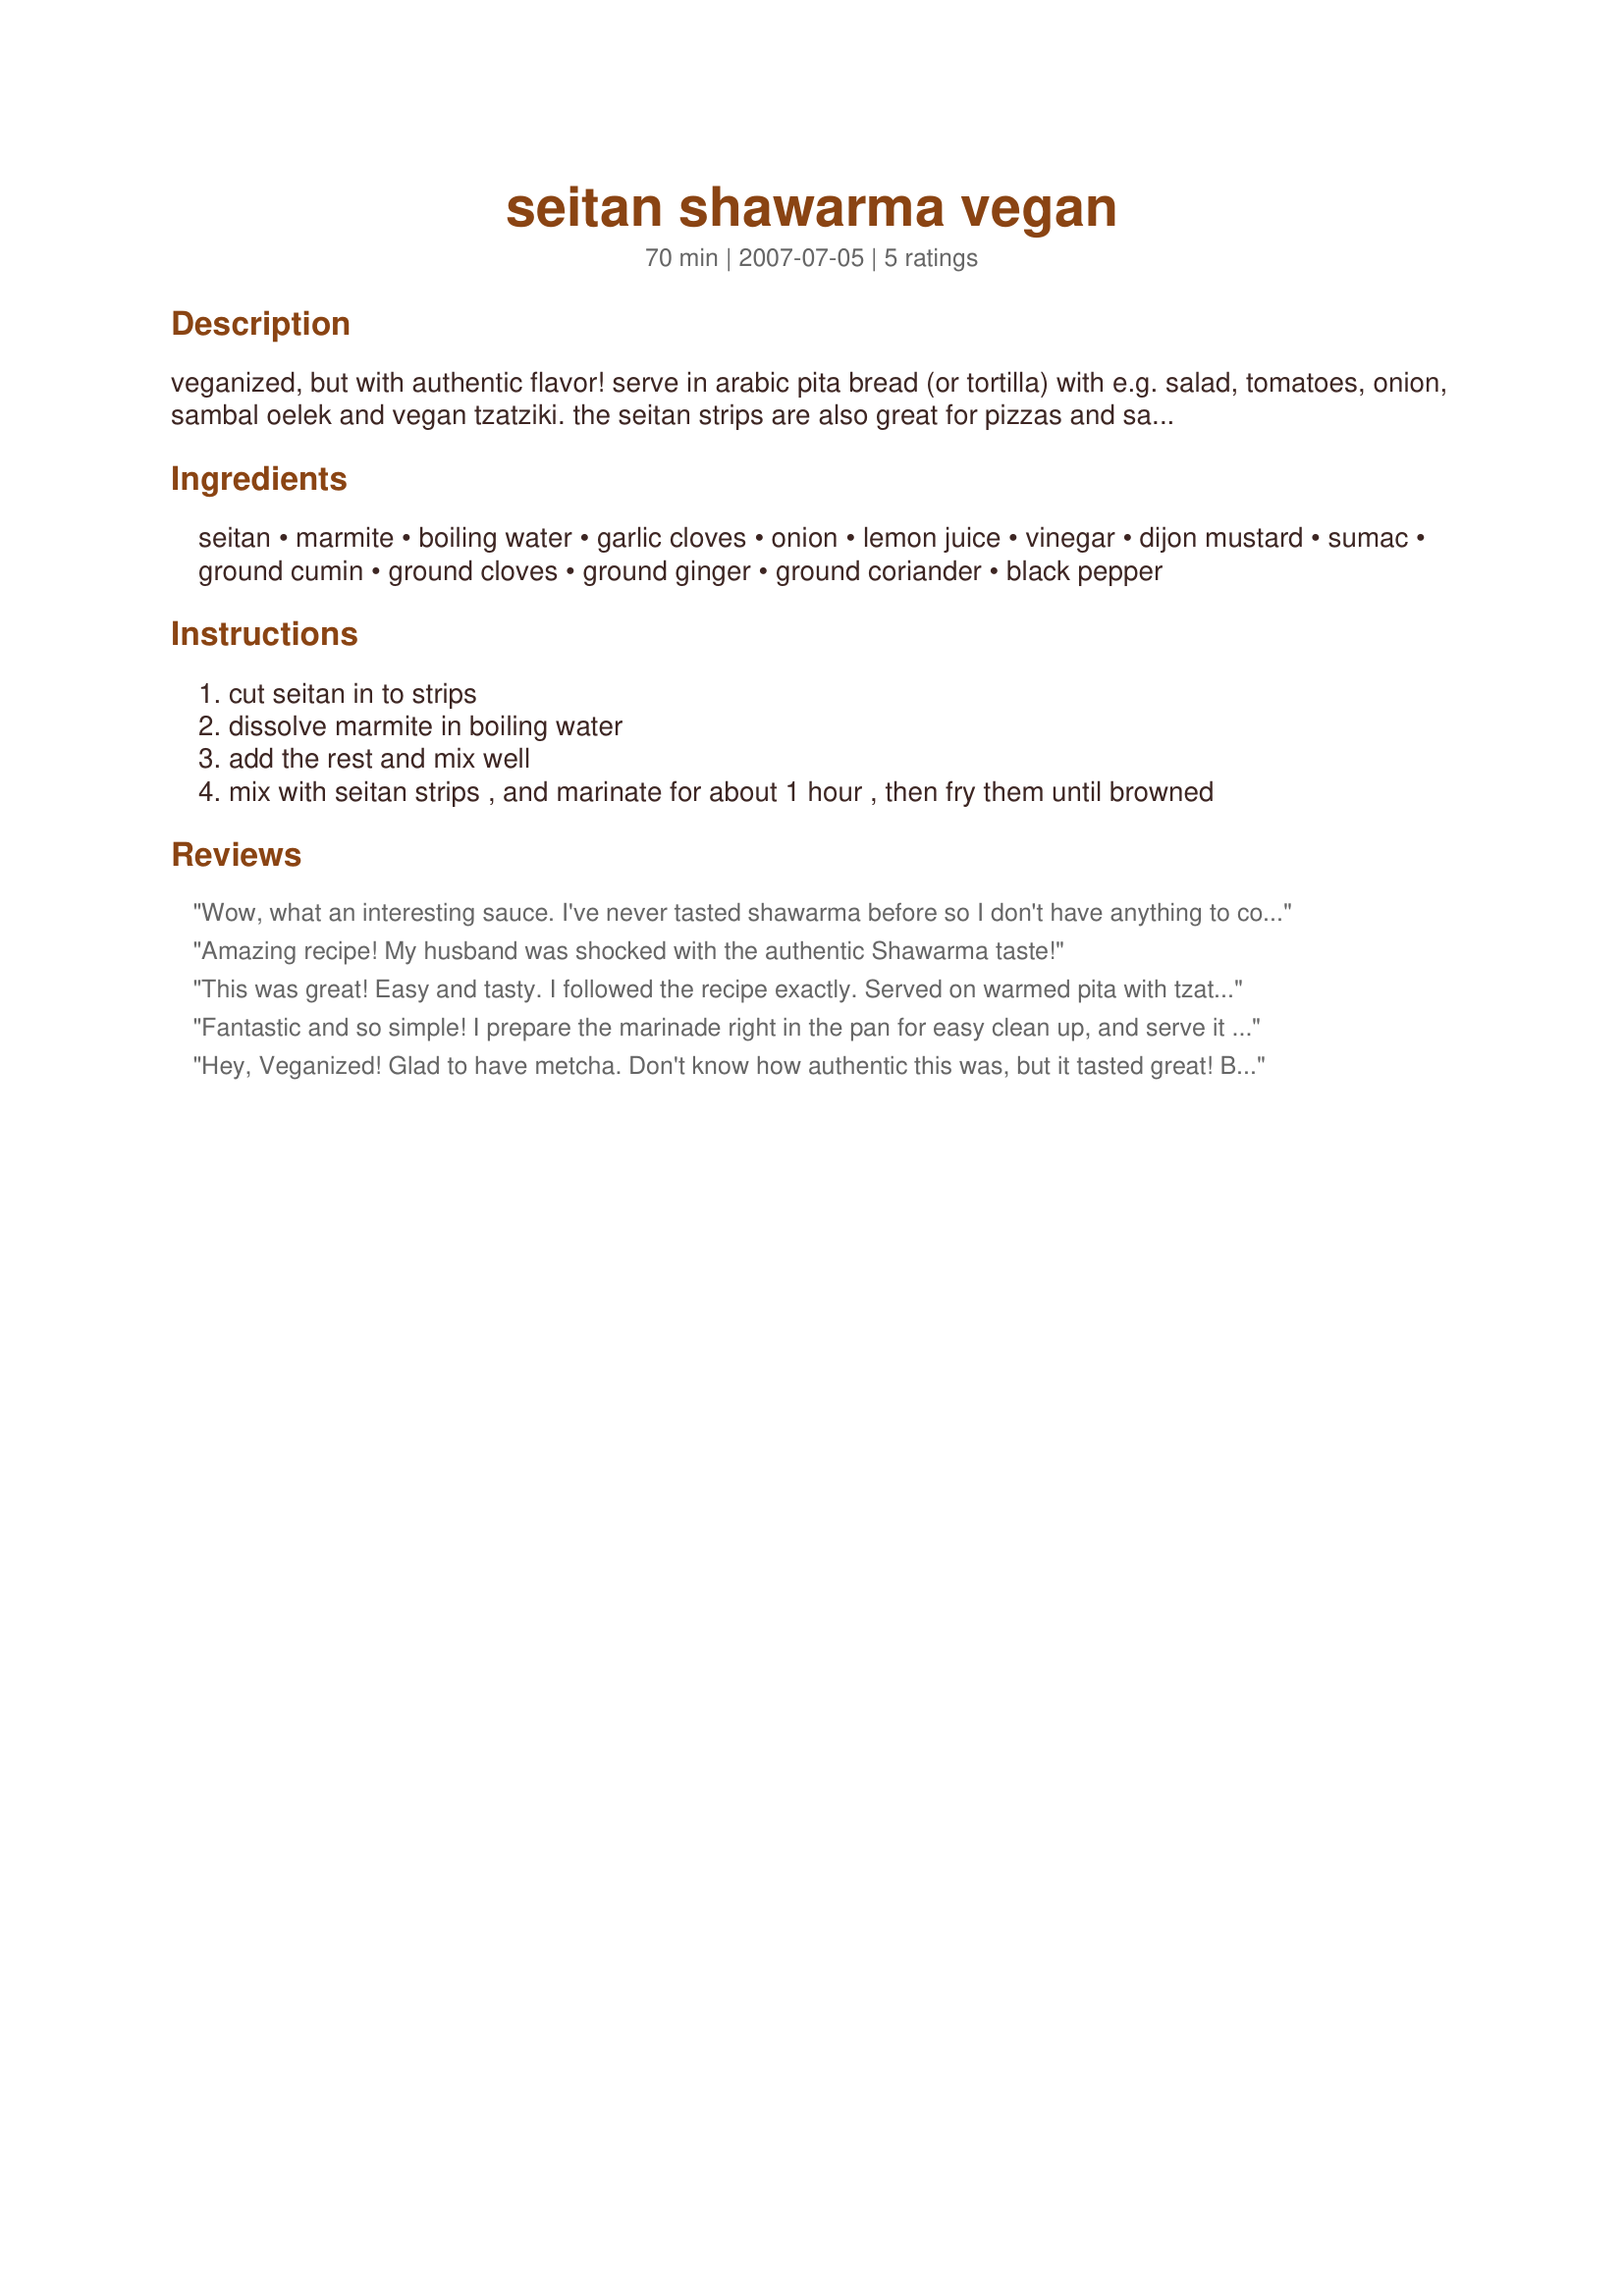
seitan shawarma vegan
Preparation time: 70 minutes

veganized, but with authentic flavor!
serve in arabic pita bread (or tortilla) with e.g. salad, tomatoes, onion, sambal oelek and vegan tzatziki. the seitan strips are also great for pizzas and salads...

Ingredients:
seitan, marmite, boiling water, garlic cloves, onion, lemon juice, vinegar, dijon mustard, sumac, ground cumin, ground cloves, ground ginger, ground coriander, black pepper

Steps:
cut seitan in to strips
dissolve marmite in boiling water
add the rest and mix well
mix with seitan strips , and marinate for about 1 hour , then fry them until browned

Reviews:
Wow, what an interesting sauce. I've never tasted shawarma before so I don't have anything to compare it to, but I really liked this. I didn't add sumac, because I don't have any and don't actually know what it is, but otherwise followed the recipe as written. Used home-made seitan and served with whole wheat pita bread, lettuce, cucumber, tomato and tzatziki. Thanks for posting, this is a keeper!
Amazing recipe! My husband was shocked with the authentic Shawarma taste!
This was great! Easy and tasty. I followed the recipe exactly. Served on warmed pita with tzatziki, lettuce, tomato, onion, cucumber and olives. My vegetarian Lebanese sweetie ate 3!
Fantastic and so simple! I prepare the marinade right in the pan for easy clean up, and serve it with diced cucumber and tomato with yogurt and lemon.

Wonderful unique flavor. Try it!
Hey, Veganized! Glad to have metcha. Don't know how authentic this was, but it tasted great! BF liked it too. I served this with lettuce, tomato and tzatziki (recipe#51983) on a pita bread. Left out the sumac because I didn't have any. I halved this recipe, and since I don't have a 1/8 teaspoon measuring spoon, I winged it. As a result, and because I might have added more water than was necessary, it could have been more spicy than it was. In addition, I only had time for 45 minutes of marinating. Next time I try this I won't make the same mistakes:D Thanks!
